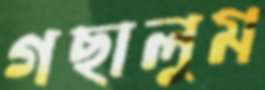
গছালুম